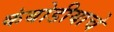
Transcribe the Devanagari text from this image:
कंबोडीयाचे